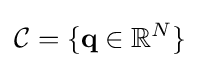
{\mathcal {C}}=\{\mathbf {q} \in \mathbb {R} ^{N}\}